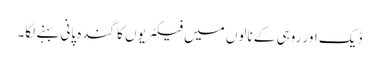
ڈیک اور روہی کے نالوں میں فیکٹریوں کا گندہ پانی بہنے لگا۔